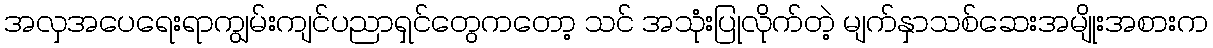
အလှအပေရေးရာကျွမ်းကျင်ပညာရှင်တွေကတော့ သင် အသုံးပြုလိုက်တဲ့ မျက်နှာသစ်ဆေးအမျိုးအစားက